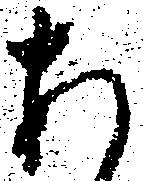
あ